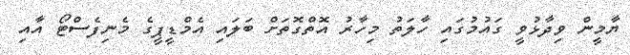
ޔާމީން ވިދާޅުވީ ގައުމުގައި ހާލަތު މިހާރު އޮތްގޮތަށް ބަލައި އެމްޑީޕީގެ މެނިފެސްޓޯ އާއި